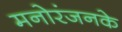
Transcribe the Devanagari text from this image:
मनोरंजनके